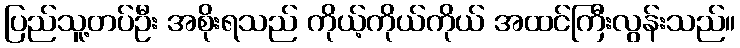
ပြည်သူ့တပ်ဦး အစိုးရသည် ကိုယ့်ကိုယ်ကိုယ် အထင်ကြီးလွန်းသည်။